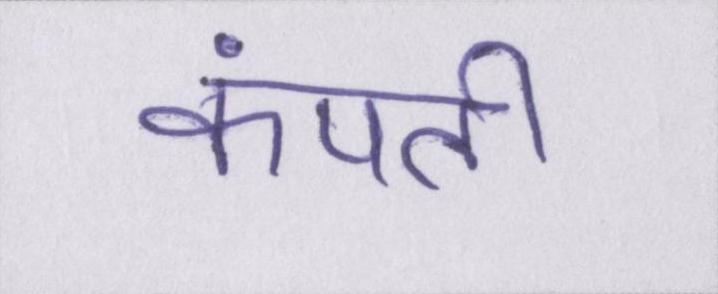
कंपती